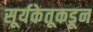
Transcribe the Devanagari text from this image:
सूर्यकेतूकडून